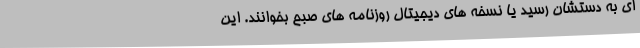
ای به دستشان رسید یا نسخه های دیجیتال روزنامه های صبح بخوانند. این